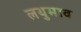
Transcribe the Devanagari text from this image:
लथुमाव